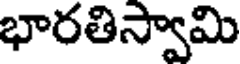
భారతిస్వామి